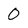
Character: 0